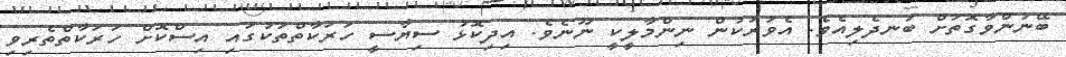
ބޭނުންވާގޮތަށް ބަނދެލިއެވެ. އެވަރަކުން ނިންމާލީކީ ނޫނެވެ. އިދިކޮޅު ސިޔާސީ ހަރަކާތްތަކުގައި އިސްކޮށް ހަރަކާތްތެރިވި